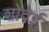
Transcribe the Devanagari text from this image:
शोदेई